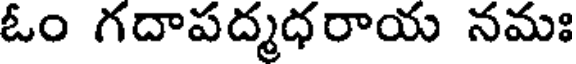
ఓం గదాపద్మధరాయ నమః